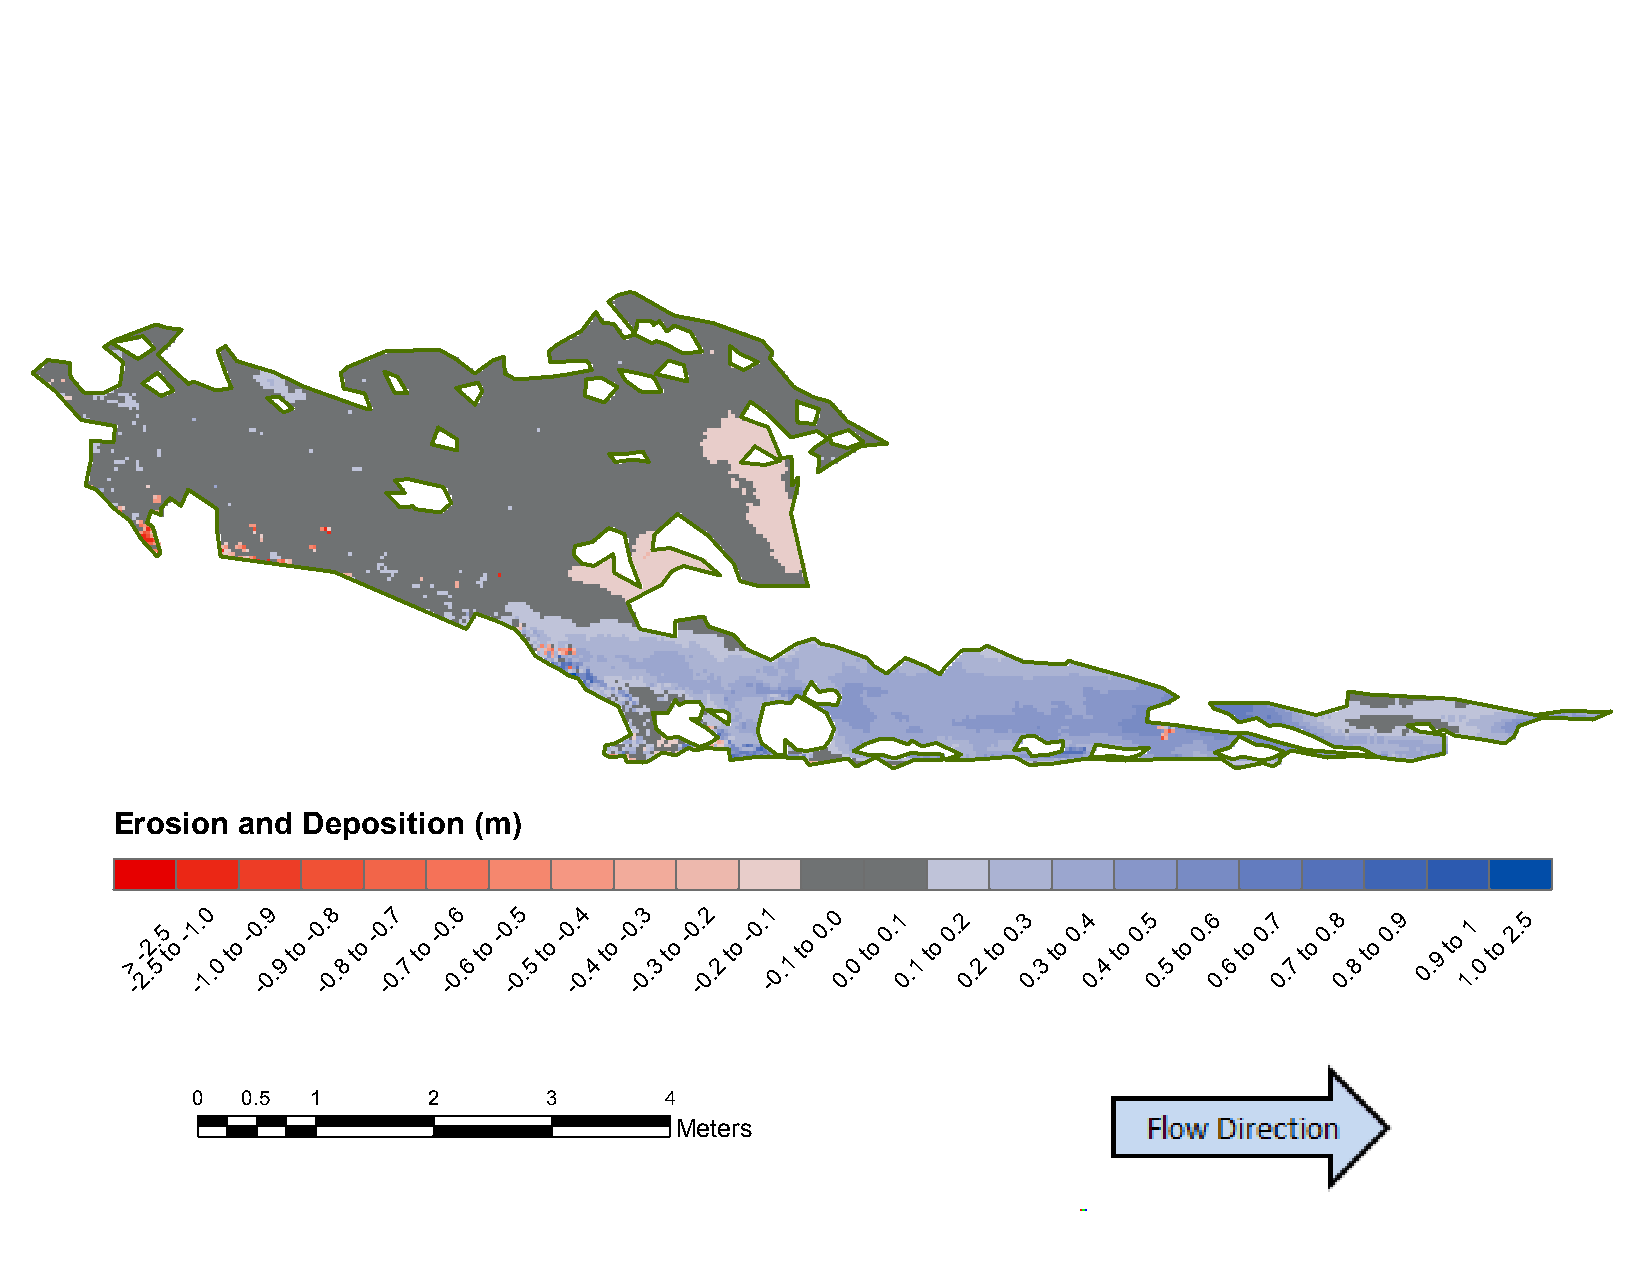
B15:    September           2014     to  April    2015
 Erosion and Deposition (m)
 >
 -
 -
 2.2.
 5
 5
 t
 o
 -1 -. 10
 .0
 to
 -0 -. 09
 .9
 to
 -0 -. 08
 .8
 to
 -0 -. 07
 .7
 to
 -0 -. 06
 .6
 to
 -0 -. 05
 .5
 to
 -0 -. 04
 .4
 to
 -0 -. 03
 .3
 to
 -0 -. 02
 .2
 to
 -0. -1
 0.1
 to
 0. 0
 0.
 0
 to
 0.1
 0
 .1
 to
 0.2
 0
 .2
 to
 0.3
 0
 .3
 to
 0.4
 0.
 4
 to
 0.5
 0.
 5
 to
 0.6
 0.
 6
 to
 0.7
 0.
 7
 to
 0.8
 0.
 8
 to
 0.9
 0. 9
 to
 11
 .0
 to
 2.5
 0  0.5  1      2       3       4
 Meters